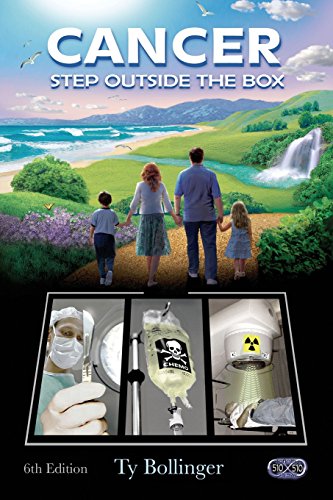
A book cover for Cancer: Step Outside the Box; Ty M. Bollinger; Health, Fitness & Dieting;